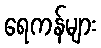
ရေကန်များ